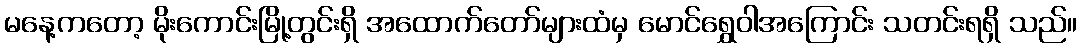
မနေ့ကတော့ မိုးကောင်းမြို့တွင်းရှိ အထောက်တော်များထံမှ မောင်ရွှေဝါအကြောင်း သတင်းရရှိ သည်။